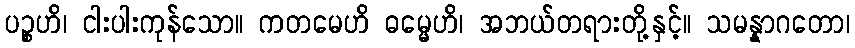
ပဉ္စဟိ၊ ငါးပါးကုန်သော။ ကတမေဟိ ဓမ္မေဟိ၊ အဘယ်တရားတို့နှင့်။ သမန္နာဂတော၊